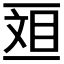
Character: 𫡴